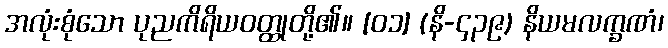
အလုံးစုံသော ပုညကိရိယဝတ္ထုတို့၏။ [၀၁] (နိ-၄၃၉) နိယမလက္ခဏံ၊